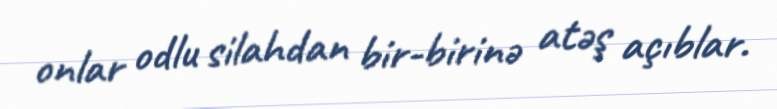
onlar odlu silahdan bir-birinə atəş açıblar.